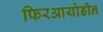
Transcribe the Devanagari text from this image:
फिरआयोडीन